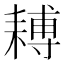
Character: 𦔍